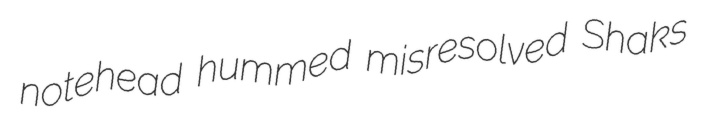
notehead hummed misresolved Shaks